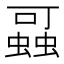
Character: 𰳖